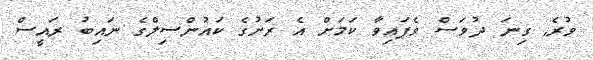
ވުރެ